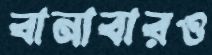
বানাবারও